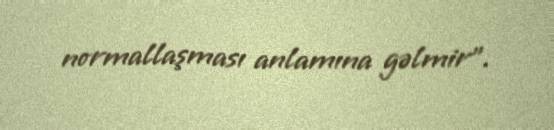
normallaşması anlamına gəlmir”.